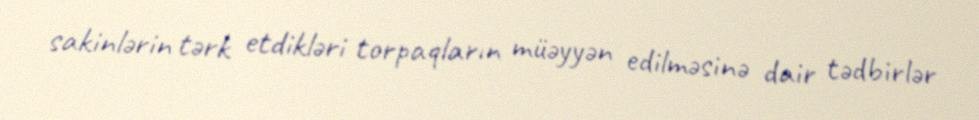
sakinlərin tərk etdikləri torpaqların müəyyən edilməsinə dair tədbirlər